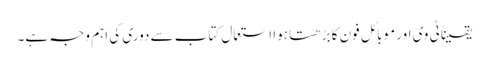
یقیناً ٹی وی اور موبائل فون کا بڑھتا ہوا استعمال کتاب سے دوری کی اہم وجہ ہے۔